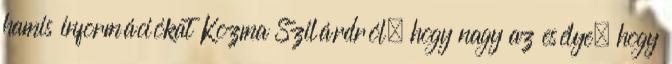
hamis információkat Kozma Szilárdról, hogy nagy az esélye, hogy